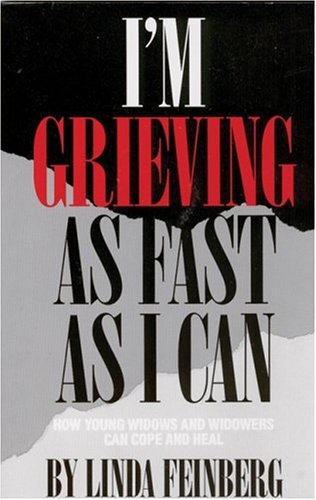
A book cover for I'm Grieving as Fast as I Can: How Young Widows and Widowers Can Cope and Heal; Linda Feinberg; Self-Help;